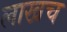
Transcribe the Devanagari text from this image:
लाखच